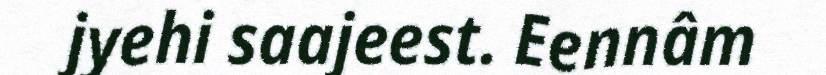
jyehi saajeest. Eennâm